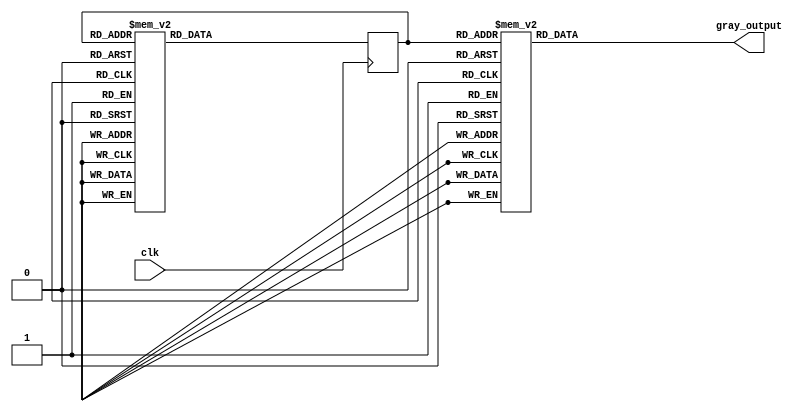
module JohnsonGrayCounter (
    input wire clk,
    output reg [3:0] gray_output
);

reg [3:0] state;

always @(posedge clk) begin
    case(state)
        4'b0000: state <= 4'b0001;
        4'b0001: state <= 4'b0011;
        4'b0011: state <= 4'b0111;
        4'b0111: state <= 4'b1111;
        4'b1111: state <= 4'b1110;
        4'b1110: state <= 4'b1100;
        4'b1100: state <= 4'b1000;
        4'b1000: state <= 4'b0000;
        default: state <= 4'b0000;
    endcase
end

always @(state) begin
    case(state)
        4'b0000: gray_output <= 4'b0000;
        4'b0001: gray_output <= 4'b0001;
        4'b0011: gray_output <= 4'b0011;
        4'b0111: gray_output <= 4'b0010;
        4'b1111: gray_output <= 4'b1010;
        4'b1110: gray_output <= 4'b1011;
        4'b1100: gray_output <= 4'b1001;
        4'b1000: gray_output <= 4'b1000;
        default: gray_output <= 4'b0000;
    endcase
end

endmodule